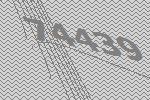
74439